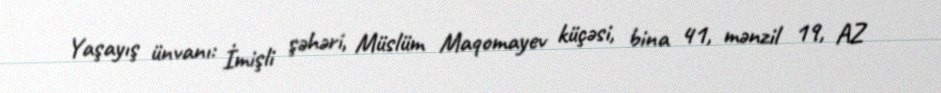
Yaşayış ünvanı: İmişli şəhəri, Müslüm Maqomayev küçəsi, bina 41, mənzil 19, AZ